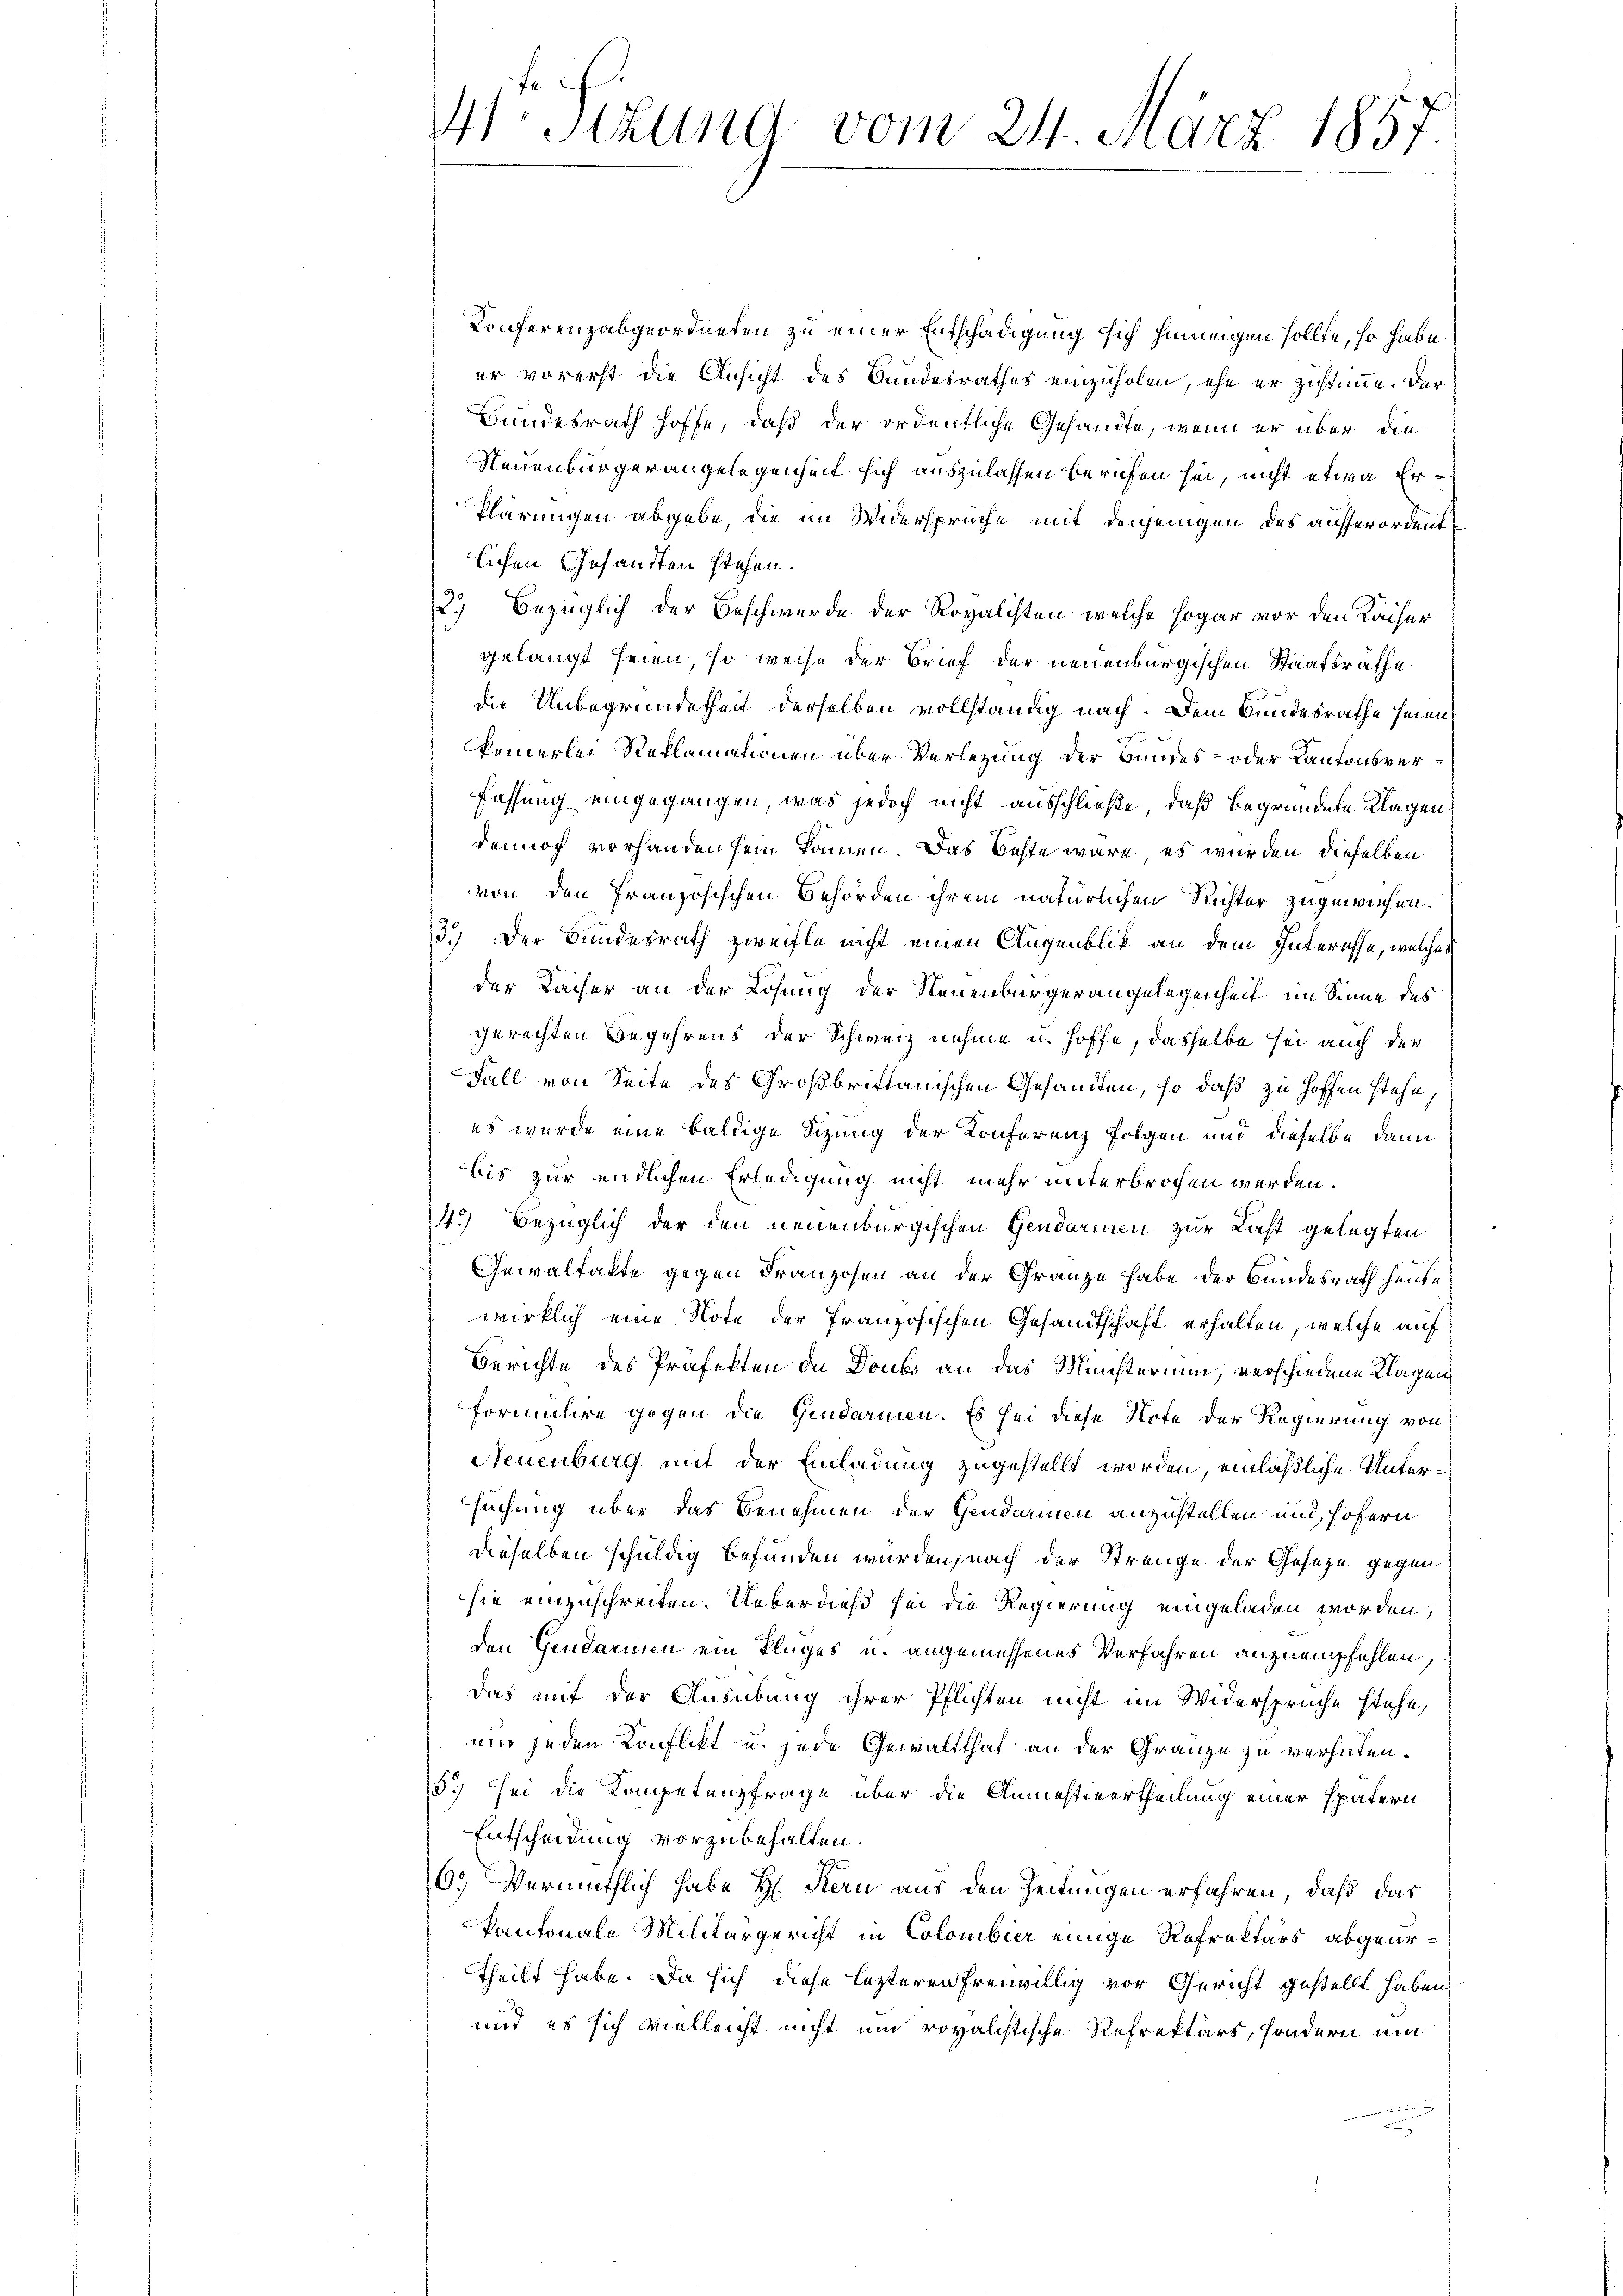
41 Stund vom 21. März 1857.

Konferenzabgeordneten zu einer Entschädigung sich hinungen sollte, so habe
er vorerst die Ansicht des Bundesrathes einzuholen, ehe er zustimme. Der
Bundesrath hoffe, daß der ordentliche Gesandte, wenn er über die
Neuenburgerangelegenheit sich auszulassen berufen sei, nicht etwa Er¬
Klärungen abgebe, die im Widersprüche mit denjenigen des ausserordente
lichen Gesandten stehen.
2.) Bezüglich der Beschwerde der Rovalisten welche sogar vor den Kaiser
gelangt seien, so weise der Brief der neuenburgischen Staatsrathe
die Unbegründetheit derselben vollständig nach. Dem Bundesrathe hinen
keinerlei Reklamationen über Verletzung der Bundes- oder Kantonsverfassung eingegangen, was jedoch nicht ausschließe, daß begründete Klagen
dennoch vorhanden sein können. Das beste wäre, es wurden dieselben
von den französischen Behörden ihrem natürlichen Richter zugewiesen.
13.) Der Bundesrath zweifle nicht einen Augenblick an dem Interesse, welches
der Lacher an der Lösung der Neuenburgerangelegenheit im Sinne des
gerechten Begehrens der Schweiz nehme u. hoffe, dasselbe sei auch der
Fall von Seite des Großbrittanischen Gesandten, so daß zu hoffen stehe
es wurde eine baldige Sitzung der Konferenz folgen und dieselbe dann
bis zur endlichen Erledigung nicht mehr unterbrochen werden.
45 bezüglich der den neuenburgischen Gendarmen zur Last gelegten
Gewaltakte gegen Franzosen an der Gränze habe der Bundesrath heute
wirklich eine Note der französischen Gesandtschaft erhalten, welche auf
Berichte des Präfekten de Doubs an das Münsterium, verschiedene Klagen
Formuliere gegen die Gendarmen. Es sei diese Note der Regierung von
Neuenburg mit der Einladung zugestellt worden, einläßliche Untersuchung über das Benehmen der Gendarmen anzustellen und hofern
dieselben schuldig befunden wurden, nach der Strenge der Geseze gegen
sie einzuschreiten. Ueberdieß sei die Regierung eingeladen worden,
den Gendarin ein kluges u. angemessenes Verfahren anzuempfehlen,
Das mit der Ausübung ihrer Pflichten nicht im Widersprüche stehe,
und jeden Konflikt u. jede Gewaltthat an der Gränze zu verhüten.
5.) Sei die Kompetenzfrage über die Anmestiertheilung einer spätern
Entscheidung vorzubehalten.
6. Vermuthlich habe Hr. Kern aus den Zeitungen erfahren, daß das
kantonale Militärgericht in Colombier einige Refrektors abgeurtheilt habe. Da sich diese lezteren freiwillig vor Gericht gestellt haben,
und es sich vielleicht nicht um royalistische Refrektärs, sondern um